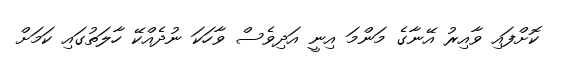
ކޮށްފައި ވާއިރު އޭނާގެ މަންމަ އިނީ އަދިވެސް ވާހަކަ ނުދެއްކޭ ހާލަތުގައި ކަމަށް